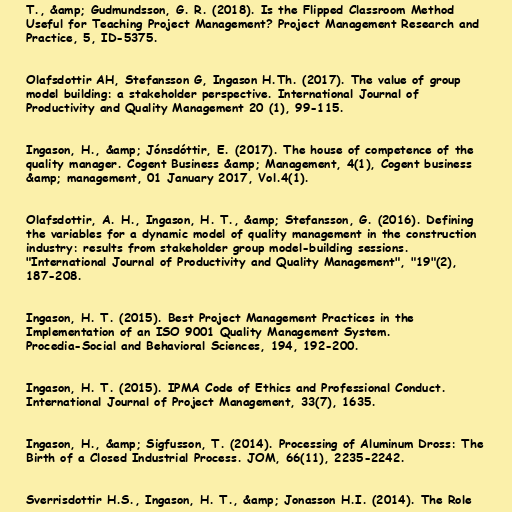
T., &amp; Gudmundsson, G. R. (2018). Is the Flipped Classroom Method
Useful for Teaching Project Management? Project Management Research and
Practice, 5, ID-5375.

Olafsdottir AH, Stefansson G, Ingason H.Th. (2017). The value of group
model building: a stakeholder perspective. International Journal of
Productivity and Quality Management 20 (1), 99-115.

Ingason, H., &amp; Jónsdóttir, E. (2017). The house of competence of the
quality manager. Cogent Business &amp; Management, 4(1), Cogent business
&amp; management, 01 January 2017, Vol.4(1).

Olafsdottir, A. H., Ingason, H. T., &amp; Stefansson, G. (2016). Defining
the variables for a dynamic model of quality management in the construction
industry: results from stakeholder group model-building sessions.
"International Journal of Productivity and Quality Management", "19"(2),
187-208.

Ingason, H. T. (2015). Best Project Management Practices in the
Implementation of an ISO 9001 Quality Management System.
Procedia-Social and Behavioral Sciences, 194, 192-200.

Ingason, H. T. (2015). IPMA Code of Ethics and Professional Conduct.
International Journal of Project Management, 33(7), 1635.

Ingason, H., &amp; Sigfusson, T. (2014). Processing of Aluminum Dross: The
Birth of a Closed Industrial Process. JOM, 66(11), 2235-2242.

Sverrisdottir H.S., Ingason, H. T., &amp; Jonasson H.I. (2014). The Role